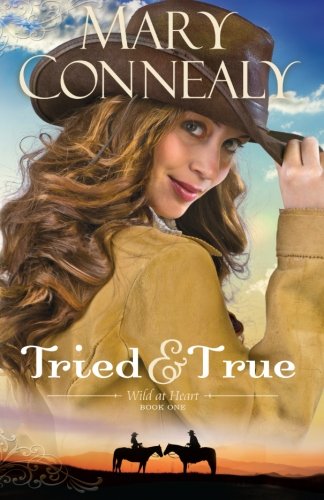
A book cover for Tried and True (Wild at Heart) (Volume 1); Mary Connealy; Romance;